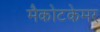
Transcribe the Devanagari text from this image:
मैकोटकेमर